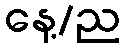
နေ့/ည